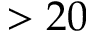
> 2 0